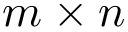
m \times n